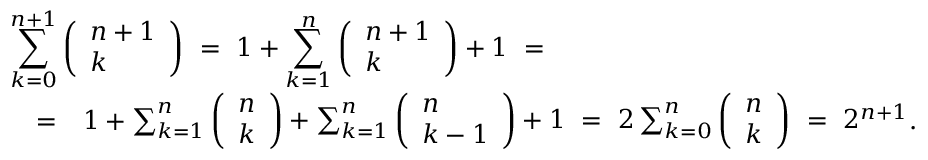
\begin{array} { r l r } { \lefteqn { \sum _ { k = 0 } ^ { n + 1 } \left( \begin{array} { l } { n + 1 } \\ { k } \end{array} \right) \ = \ 1 + \sum _ { k = 1 } ^ { n } \left( \begin{array} { l } { n + 1 } \\ { k } \end{array} \right) + 1 \ = } } \\ & { = } & { 1 + \sum _ { k = 1 } ^ { n } \left( \begin{array} { l } { n } \\ { k } \end{array} \right) + \sum _ { k = 1 } ^ { n } \left( \begin{array} { l } { n } \\ { k - 1 } \end{array} \right) + 1 \ = \ 2 \sum _ { k = 0 } ^ { n } \left( \begin{array} { l } { n } \\ { k } \end{array} \right) \ = \ 2 ^ { n + 1 } . } \end{array}